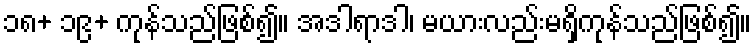
၁၈+ ၁၉+ ကုန်သည်ဖြစ်၍။ အဒါရာဒါ၊ မယားလည်းမရှိကုန်သည်ဖြစ်၍။